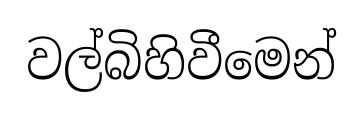
වල්බිහිවීමෙන්